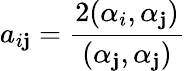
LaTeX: a_{i\mathbf{j}}=\frac{{2(\alpha_{i},\alpha_{\mathbf{j}})}}{{(\alpha_{\mathbf{j}},\alpha_{\mathbf{j}})}}